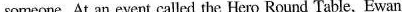
someone. At an event called the Hero Round Table, Ewan